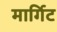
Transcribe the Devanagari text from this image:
मार्गिट